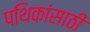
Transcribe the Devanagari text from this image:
पथिकांसाठी